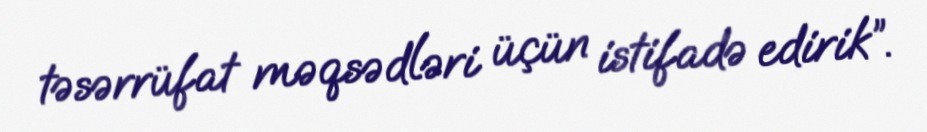
təsərrüfat məqsədləri üçün istifadə edirik”.